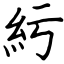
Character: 䊸